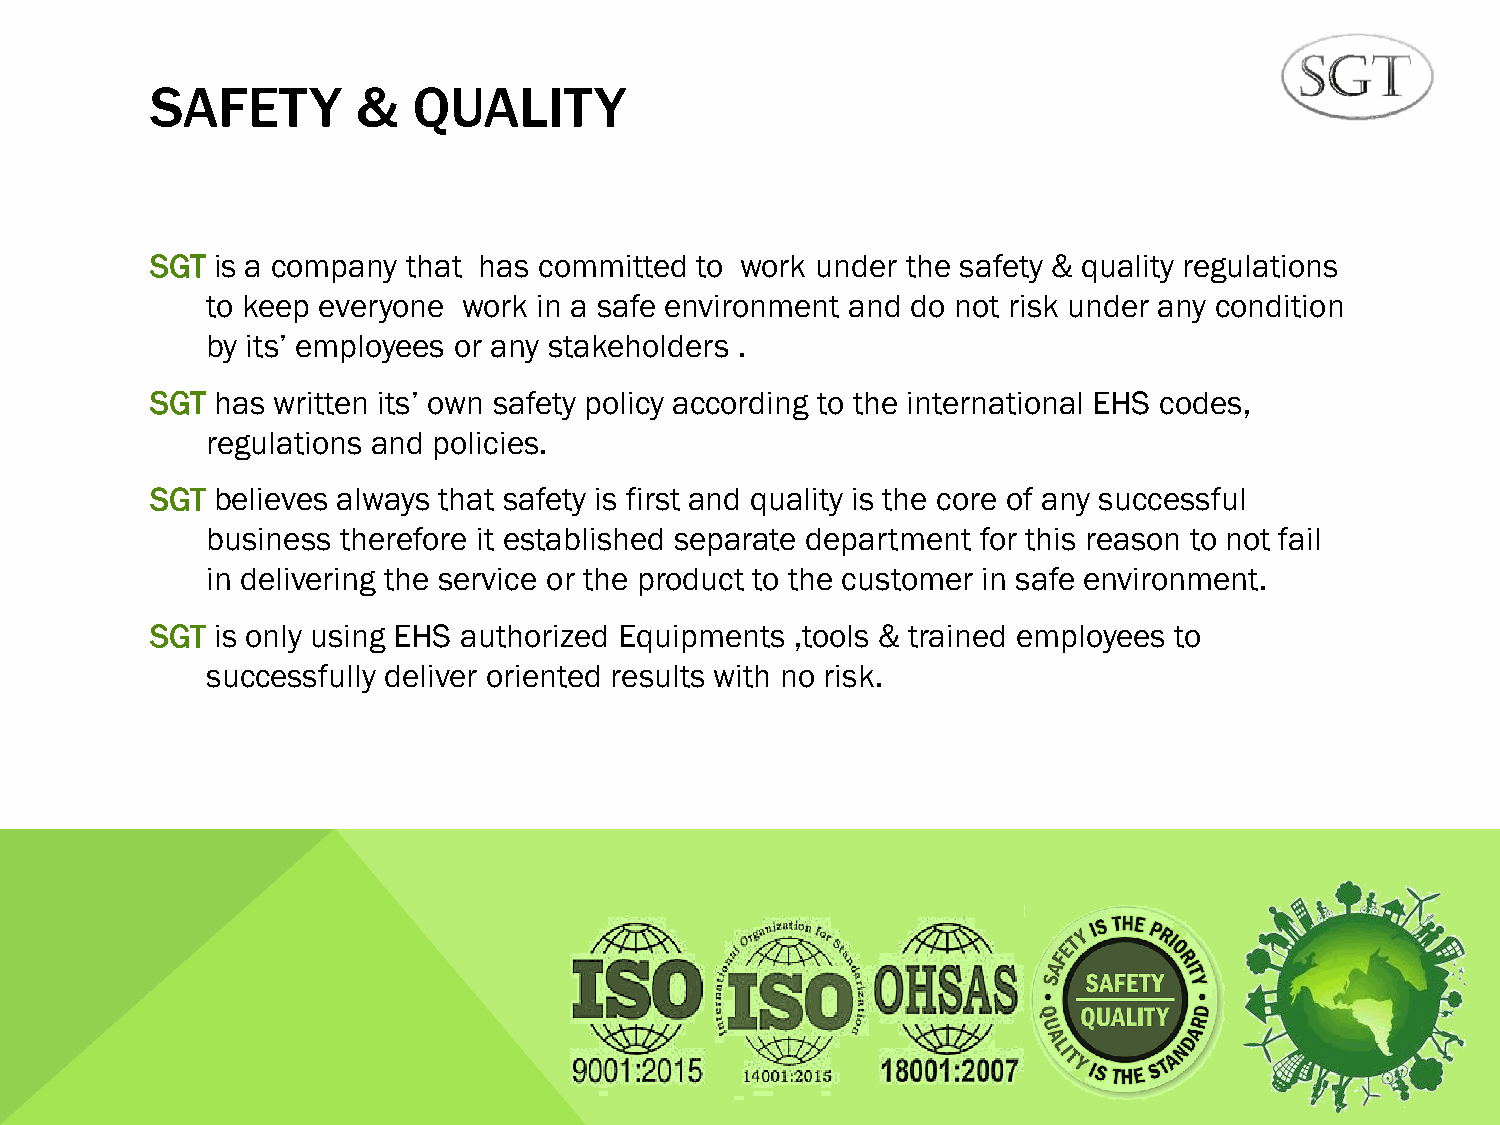
SAFETY        &  QUALITY
 SGT is a company that has committed to work under the safety & quality regulations
 to keep everyone work in a safe environment and do not risk under any condition
 by its’ employees or any stakeholders .
 SGT has written its’ own safety policy according to the international EHS codes,
 regulations and policies.
 SGT believes always that safety is first and quality is the core of any successful
 business therefore it established separate department for this reason to not fail
 in delivering the service or the product to the customer in safe environment.
 SGT is only using EHS authorized Equipments ,tools & trained employees to
 successfully deliver oriented results with no risk.